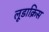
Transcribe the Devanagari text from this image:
लूडाक्रिस